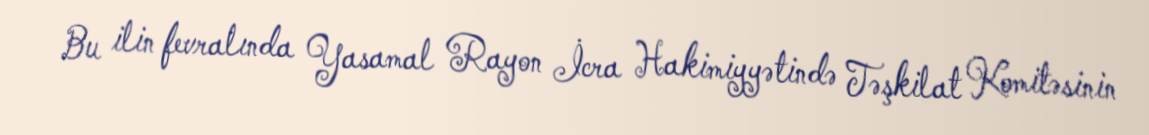
Bu ilin fevralında Yasamal Rayon İcra Hakimiyyətində Təşkilat Komitəsinin